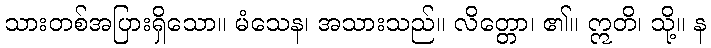
သားတစ်အပြားရှိသော။ မံသေန၊ အသားသည်။ လိတ္တော၊ ၏။ ဣတိ၊ သို့။ န